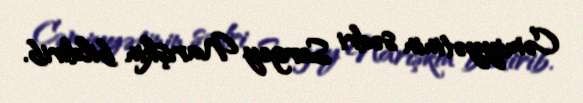
Cəmiyyətinin sədri Sergey Narışkin bildirib.